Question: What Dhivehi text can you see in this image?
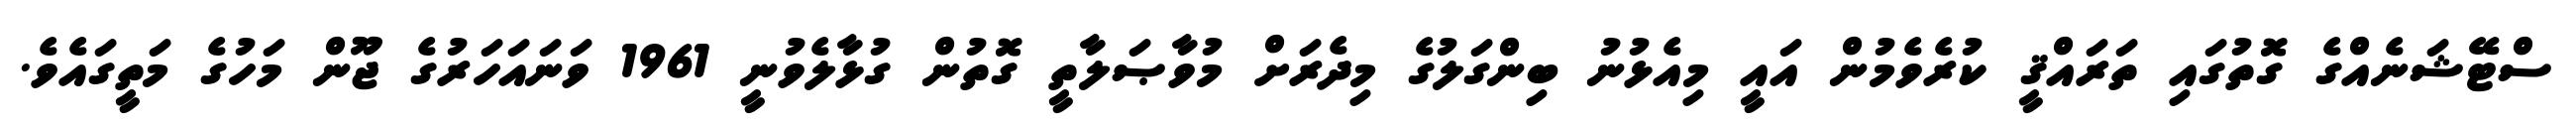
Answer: ސްޓޭޝަނެއްގެ ގޮތުގައި ތަރައްޤީ ކުރެވެމުން އައީ މިއެޅުނު ބިންގަލުގެ މިދެރަށް މުވާޞަލާތީ ގޮތުން ގުޅާލެވުނީ 1961 ވަނައަހަރުގެ ޖޫން މަހުގެ މަތީގައެވެ.